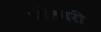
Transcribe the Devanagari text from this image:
महेश्र्वरी